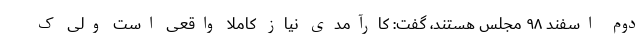
دوم اسفند ۹۸ مجلس هستند، گفت: کارآمدی نیاز کاملاً واقعی است ولی ک